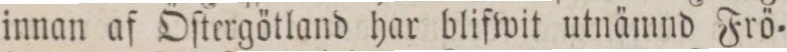
innan af Öſtergötland har blifwit utnämnd Frö=